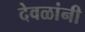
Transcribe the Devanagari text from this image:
देवळांनी